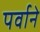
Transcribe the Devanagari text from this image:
पर्वाने